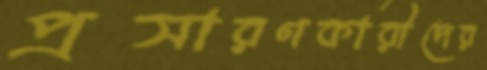
প্রসারণকারীদের